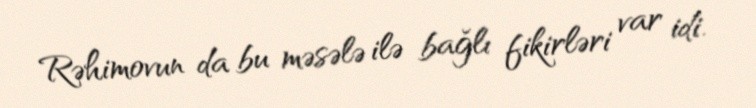
Rəhimovun da bu məsələ ilə bağlı fikirləri var idi.